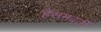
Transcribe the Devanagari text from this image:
हैसमवर्ती